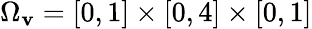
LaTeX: \Omega_{\mathbf{v}}=\left[0,1\right]\times\left[0,4\right]\times\left[0,1\right]